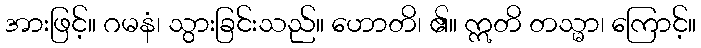
အားဖြင့်။ ဂမနံ၊ သွားခြင်းသည်။ ဟောတိ၊ ၏။ ဣတိ တသ္မာ၊ ကြောင့်။